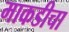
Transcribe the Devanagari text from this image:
माकडीचा